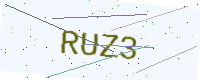
Text: RUZ3